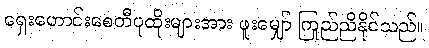
ရှေးဟောင်းစေတီပုထိုးများအား ဖူးမျှော် ကြည်ညိုနိုင်သည်။